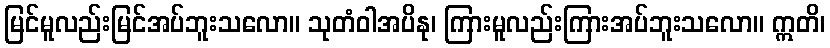
မြင်မူလည်းမြင်အပ်ဘူးသလော။ သုတံဝါအပိနု၊ ကြားမူလည်းကြားအပ်ဘူးသလော။ ဣတိ၊